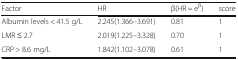
| Factor | HR | β(HR = eβ) | score |
 | --- | --- | --- | --- |
 | Albumin levels < 41.5 g/L | 2.245(1.366–3.691) | 0.81 | 1 |
 | LMR ≤ 2.7 | 2.019(1.225–3.328) | 0.70 | 1 |
 | CRP > 8.6 mg/L | 1.842(1.102–3.078) | 0.61 | 1 |